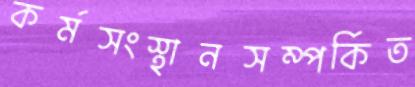
কর্মসংস্থানসম্পর্কিত